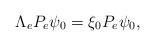
LaTeX: \begin{align*}\Lambda_eP_e\psi_0 = \xi_0P_e\psi_0,\end{align*}